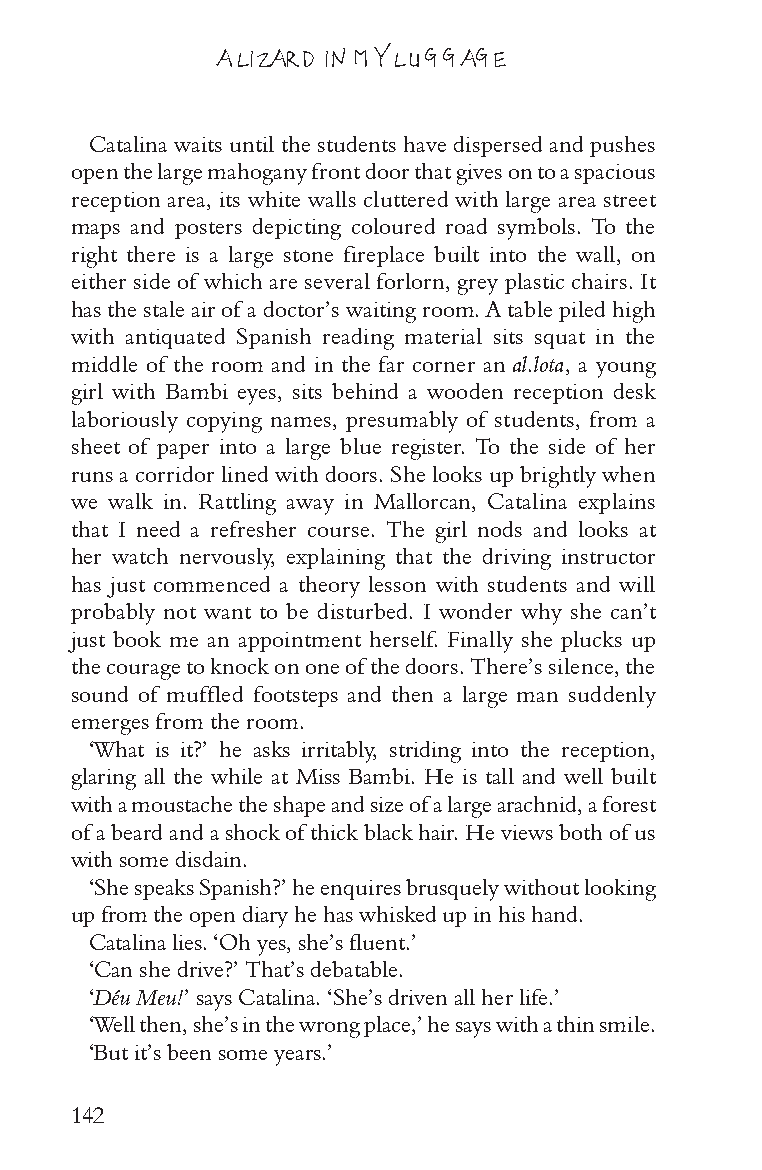
A LIZARD IN MY LUGGAGE
 Catalina waits until the students have dispersed and pushes
 open the large mahogany front door that gives on to a spacious
 reception area, its white walls cluttered with large area street
 maps and posters depicting coloured road symbols. To the
 right there is a large stone fireplace built into the wall, on
 either side of which are several forlorn, grey plastic chairs. It
 has the stale air of a doctor’s waiting room. A table piled high
 with antiquated Spanish reading material sits squat in the
 middle of the room and in the far corner an al.lota, a young
 girl with Bambi eyes, sits behind a wooden reception desk
 laboriously copying names, presumably of students, from a
 sheet of paper into a large blue register. To the side of her
 runs a corridor lined with doors. She looks up brightly when
 we walk in. Rattling away in Mallorcan, Catalina explains
 that I need a refresher course. The girl nods and looks at
 her watch nervously, explaining that the driving instructor
 has just commenced a theory lesson with students and will
 probably not want to be disturbed. I wonder why she can’t
 just book me an appointment herself. Finally she plucks up
 the courage to knock on one of the doors. There’s silence, the
 sound of muffled footsteps and then a large man suddenly
 emerges from the room.
 ‘What is it?’ he asks irritably, striding into the reception,
 glaring all the while at Miss Bambi. He is tall and well built
 with a moustache the shape and size of a large arachnid, a forest
 of a beard and a shock of thick black hair. He views both of us
 with some disdain.
 ‘She speaks Spanish?’ he enquires brusquely without looking
 up from the open diary he has whisked up in his hand.
 Catalina lies. ‘Oh yes, she’s fluent.’
 ‘Can she drive?’ That’s debatable.
 ‘Déu Meu!’ says Catalina. ‘She’s driven all her life.’
 ‘Well then, she’s in the wrong place,’ he says with a thin smile.
 ‘But it’s been some years.’
 142